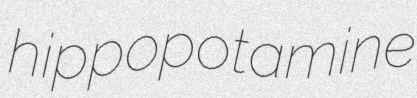
hippopotamine